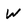
Character: W